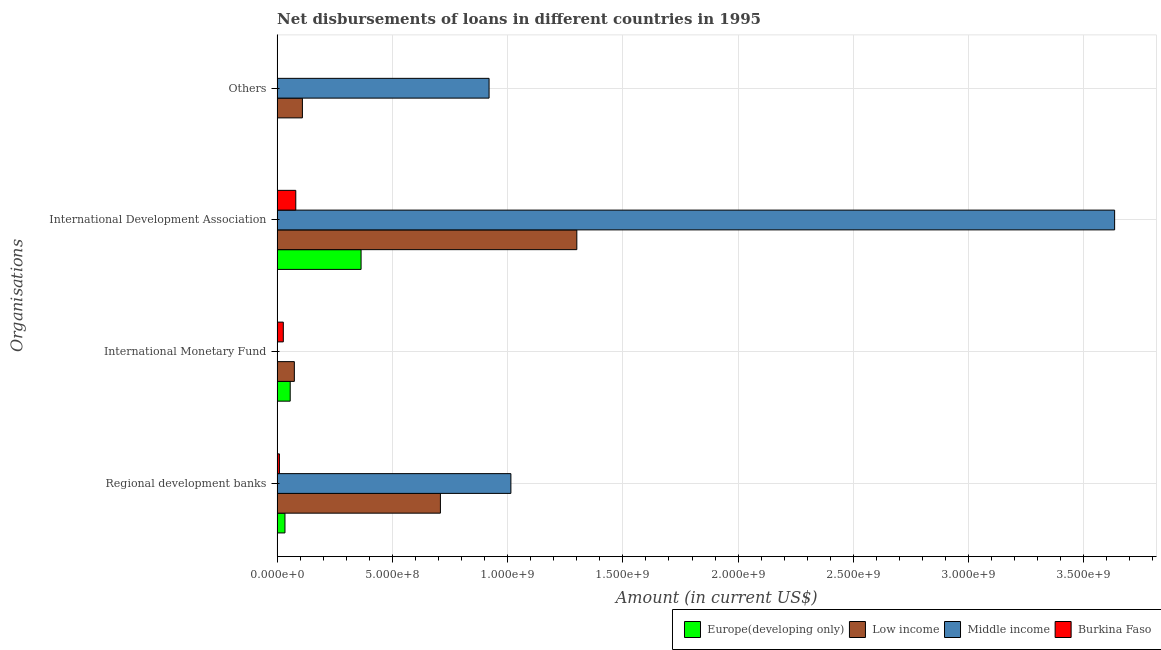
| Organisations | Europe(developing only) | Low income | Middle income | Burkina Faso |
 | --- | --- | --- | --- | --- |
 | Regional development banks | 3.4e+07 | 7.08e+08 | 1.01e+09 | 9.9e+06 |
 | International Monetary Fund | 5.67e+07 | 7.47e+07 | -2e+08 | 2.68e+07 |
 | International Development Association | 3.64e+08 | 1.3e+09 | 3.63e+09 | 8.1e+07 |
 | Others | -9.07e+07 | 1.1e+08 | 9.2e+08 | -6.2e+06 |